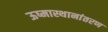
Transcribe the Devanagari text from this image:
ऊष्मास्थानांतरण